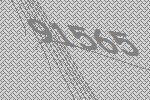
91565